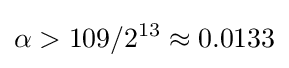
\alpha >109/2^{13}\approx 0.0133